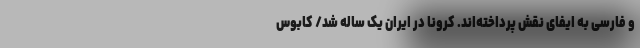
و فارسی به ایفای نقش‌ پرداخته‌اند. کرونا در ایران یک ساله شد/ کابوس